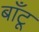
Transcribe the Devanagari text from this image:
बाँटू